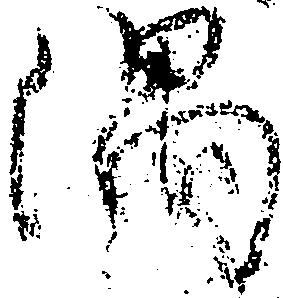
隅